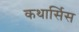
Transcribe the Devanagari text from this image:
कथार्सिस